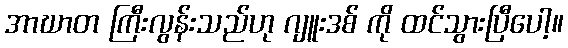
အာဃာတ ကြီးလွန်းသည်ဟု ဂျူးဒစ် ကို ထင်သွားပြီပေါ့။